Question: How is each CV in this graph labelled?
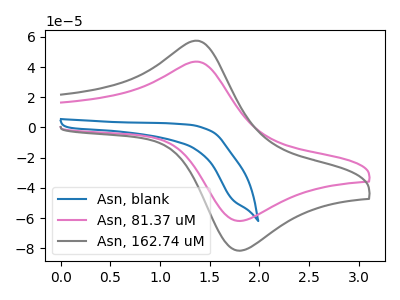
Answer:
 <answer>The blue curve is labeled "Asn, blank". The pink curve is labeled "Asn, 81.37 uM". The gray curve is labeled "Asn, 162.74 uM".</answer>
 <eval></eval>